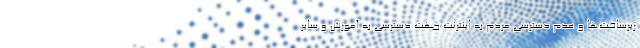
زیرساخت‌ها و عدم دسترسی مردم به اینترنت جهت دسترسی به آموزش و سایر